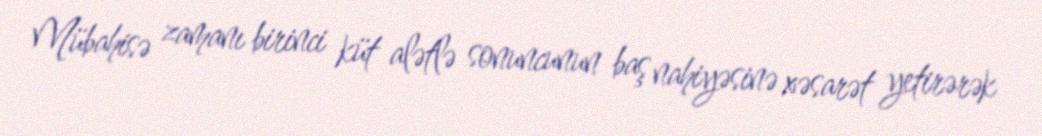
Mübahisə zamanı birinci küt alətlə sonuncunun baş nahiyəsinə xəsarət yetirərək